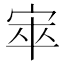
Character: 𡨔